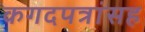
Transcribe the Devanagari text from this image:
कगदपत्रांसह